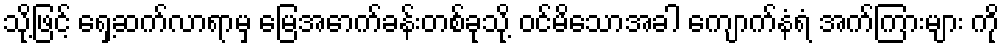
သို့ဖြင့် ရှေ့ဆက်လာရာမှ မြေအောက်ခန်းတစ်ခုသို့ ဝင်မိသောအခါ ကျောက်နံရံ အက်ကြားများ ကို